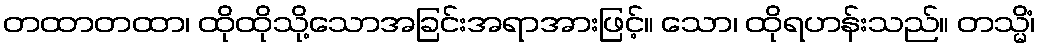
တထာတထာ၊ ထိုထိုသို့သောအခြင်းအရာအားဖြင့်။ သော၊ ထိုရဟန်းသည်။ တသ္မိံ၊